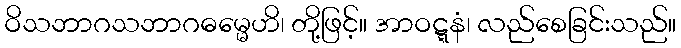
ဝိသဘာဂသဘာဂဓမ္မေဟိ၊ တို့ဖြင့်။ အာဝဋ္ဋနံ၊ လည်စေခြင်းသည်။